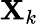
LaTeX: \mathbf{X}_{k}